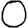
Digit: 0